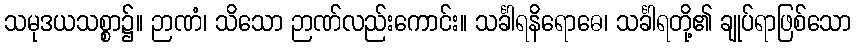
သမုဒယသစ္စာ၌။ ဉာဏံ၊ သိသော ဉာဏ်လည်းကောင်း။ သင်္ခါရနိရောဓေ၊ သင်္ခါရတို့၏ ချုပ်ရာဖြစ်သော